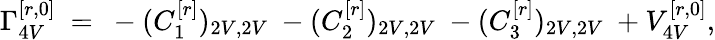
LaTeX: \Gamma_{4V}^{[r,0]}\ =\ -(C_{1}^{[r]})_{2V,2V}\ -(C_{2}^{[r]})_{2V,2V}\ -(C_{3}^{[r]})_{2V,2V}\ +V_{4V}^{[r,0]},